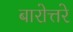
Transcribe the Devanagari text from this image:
बारोत्तरे